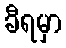
ခီရမှာ